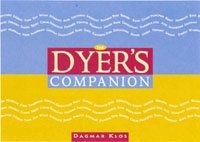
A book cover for The Dyer's Companion (The Companion Series); Dagmar Klos; Crafts, Hobbies & Home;